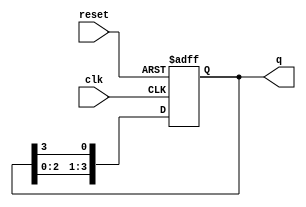
module ring_counter #(
    parameter N = 4 // Number of flip-flops (bits)
)(
    input wire clk,          // Clock input
    input wire reset,        // Asynchronous reset
    output reg [N-1:0] q     // Output state
);

    // Initialize the state to 1 followed by N-1 zeros
    initial begin
        q = 1'b1 << (N - 1); // Set initial state, e.g., for N=4: q = 1000
    end

    // Always block triggered on the clock's rising edge
    always @(posedge clk or posedge reset) begin
        if (reset) begin
            q <= 1'b1 << (N - 1); // Reset to initial state
        end else begin
            // Shift right: the first flip-flop takes the last one's current state
            q <= {q[N-2:0], q[N-1]}; // Rotate the bits
        end
    end

endmodule